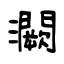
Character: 灍